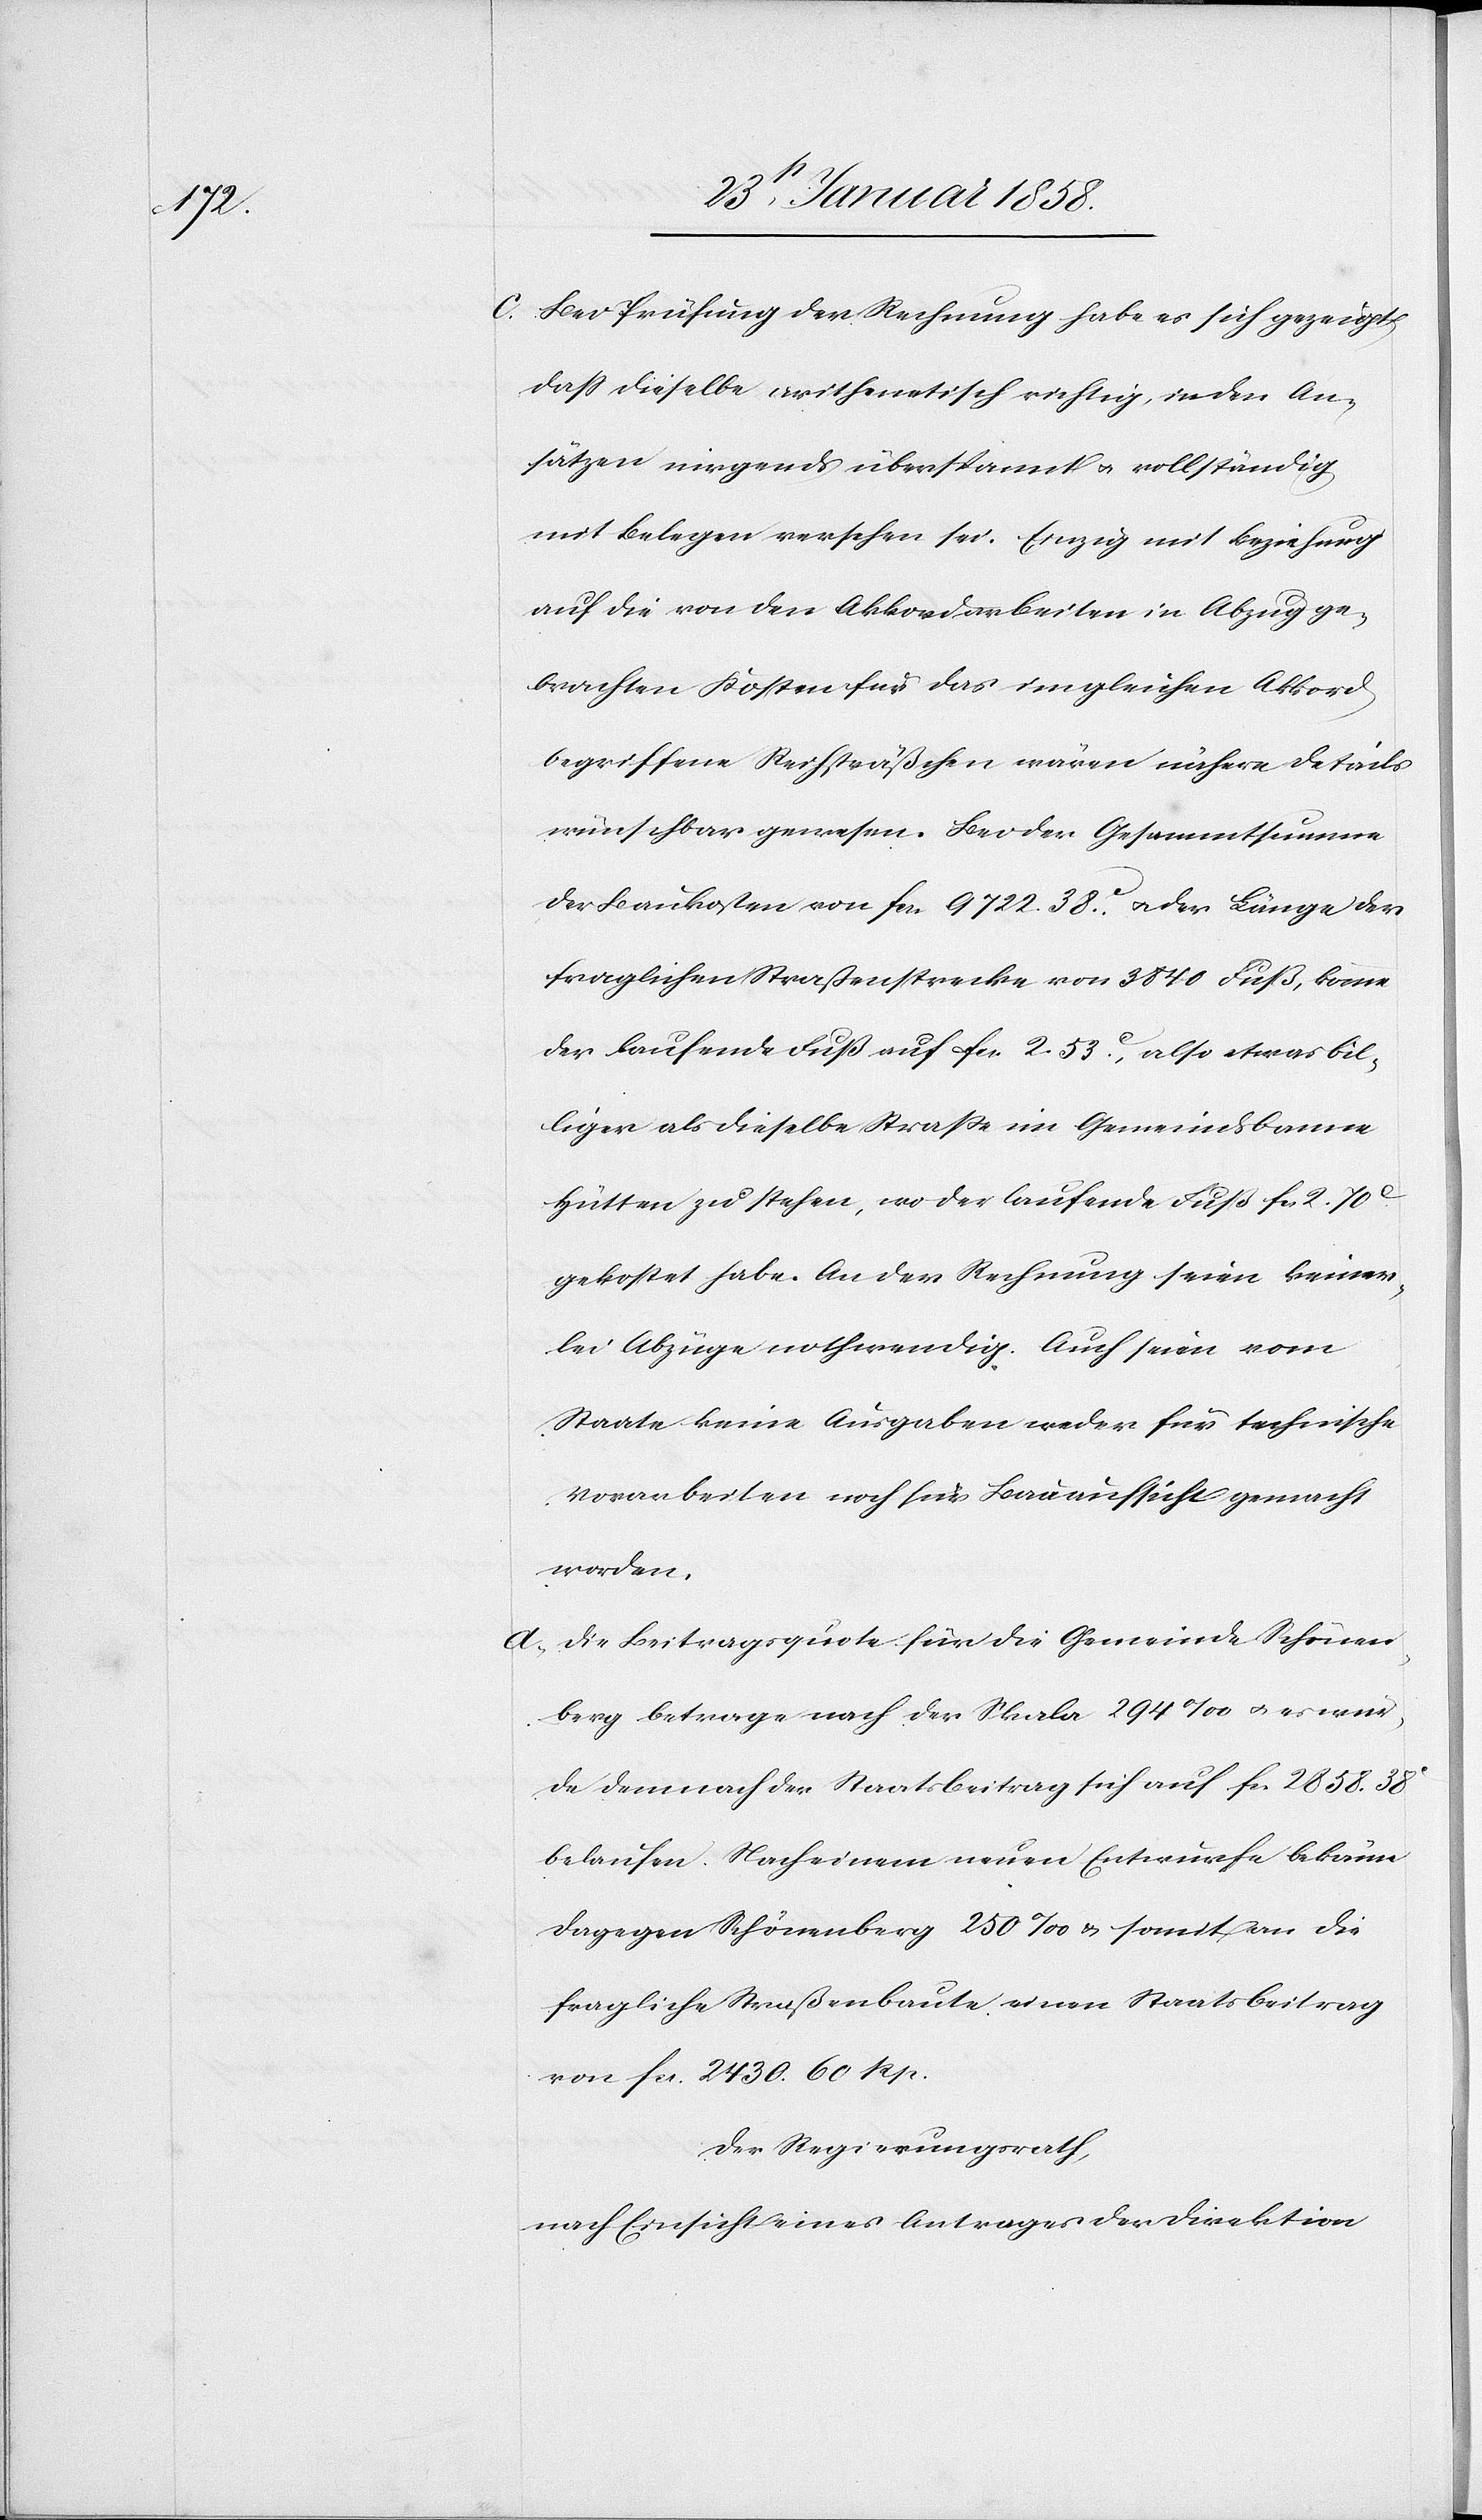
c. Bei Prüfung der Rechnung habe es sich gezeigt,
daß dieselbe arithmetisch richtig, in den An¬
sätzen nirgends überspannt u. vollständig
mit Belegen versehen sei. Einzig mit Beziehung
auf die von den Akkordarbeiten in Abzug ge¬
brachten Kosten für das im gleichen Akkord
begriffene Reihsträßchen wären nähere Details
wünschbar gewesen. Bei der Gesammtsumme
der Baukosten von fcs. 722. 38 c u. der Länge der
fraglichen Straßenstrecke von 3840. Fuß, komme
der laufende Fuß auf fcs. 2. 53 c, also etwas bil¬
liger als dieselbe Straße im Gemeindsbanne
Hütten zu stehen, wo der laufende Fuß fcs. 2. 70
gekostet habe. An der Rechnung seien keiner¬
lei Abzüge nothwendig. Auch seien vom
Staate keine Ausgaben für technische
Vorarbeiten noch für Bauaufsicht gemacht
worden.
d. Die Beitragsquote für die Gemeinde Schönen¬
berg betrage nach der Skala 294 ‰ u. es wer¬
de demnach der Staatsbeitrag sich auf fcs. 2858. 38
belaufen. Nach einem neuen Entwurfe bekäme
dagegen Schönenberg 250 ‰ u. somit an die
fragliche Straßenbaute einen Staatsbeitrag
von fcs. 2430. 60 Rp.
Der Regierungsrath,
nach Einsicht eines Antrages der Direktion